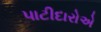
પાટીદારોએ